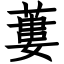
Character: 蔞